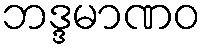
ဘဒ္ဒမာဏဝ